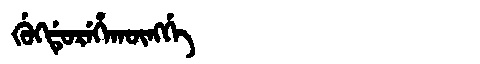
Manchu: ᡤᡠᡴᡩᡠᡵᡝᡥᠠᡴᡡᠩᡤᡝ
Romanization: GUKDUREHAKŪNGGE